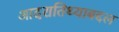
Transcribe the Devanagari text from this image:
आदरातिथ्याबद्दल